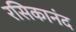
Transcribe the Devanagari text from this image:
रसिकानंद